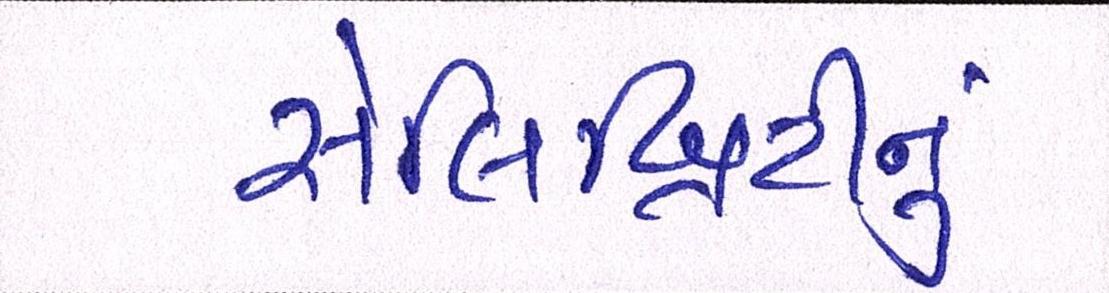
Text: સેલિબ્રિટીનું